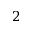
2